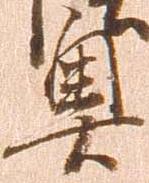
奥